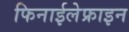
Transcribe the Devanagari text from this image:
फिनाईलेफ्राइन